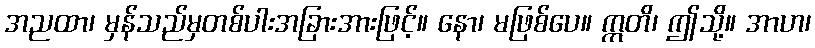
အညထာ၊ မှန်သည်မှတစ်ပါးအခြားအားဖြင့်။ နော၊ မဖြစ်ပေ။ ဣတိ၊ ဤသို့။ အာဟ၊